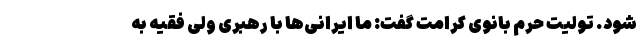
شود. تولیت حرم بانوی کرامت گفت: ما ایرانی‌ها با رهبری ولی فقیه به